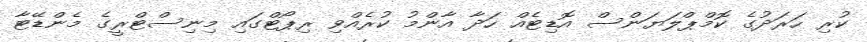
ކުރި ހަރަދުގެ ކޮމްޕްލަޔަންސް އޮޑިޓެއް ހަދާ އާންމު ކުރެއްވި ރިޕޯޓްގައި މިނިސްޓްރީގެ މެންޑޭޓާ